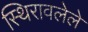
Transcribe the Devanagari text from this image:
स्थिरावलेले